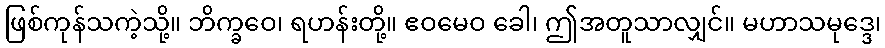
ဖြစ်ကုန်သကဲ့သို့။ ဘိက္ခဝေ၊ ရဟန်းတို့။ ဧဝမေဝ ခေါ၊ ဤအတူသာလျှင်။ မဟာသမုဒ္ဒေ၊